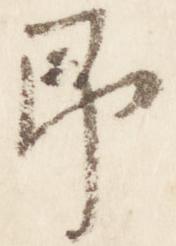
即